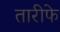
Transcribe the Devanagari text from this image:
तारीफे